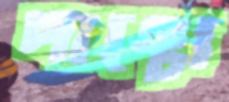
পাঞ্চো